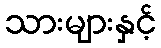
သားများနှင့်